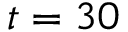
t = 3 0